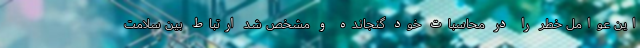
این عوامل خطر را در محاسبات خود گنجانده و مشخص شد ارتباط بین سلامت